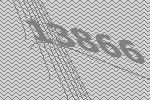
13866